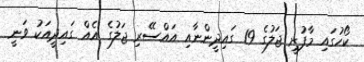
ކޯހުގައި މާފުށީ ޖަލުގެ 19 ގައިދީންނާއި އައްސޭރި ޖަލުގެ އެއް ގައިދީއަކު ވަނީ